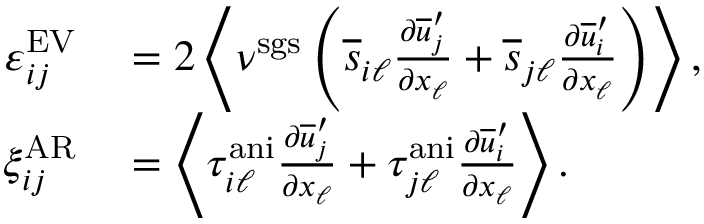
\begin{array} { r l } { \varepsilon _ { i j } ^ { \mathrm { E V } } } & { { } = 2 \left< \nu ^ { \mathrm { s g s } } \left( \overline { { s } } _ { i \ell } \frac { \partial \overline { { u } } _ { j } ^ { \prime } } { \partial x _ { \ell } } + \overline { { s } } _ { j \ell } \frac { \partial \overline { { u } } _ { i } ^ { \prime } } { \partial x _ { \ell } } \right) \right> , } \\ { \xi _ { i j } ^ { \mathrm { A R } } } & { { } = \left< \tau _ { i \ell } ^ { \mathrm { a n i } } \frac { \partial \overline { { u } } _ { j } ^ { \prime } } { \partial x _ { \ell } } + \tau _ { j \ell } ^ { \mathrm { a n i } } \frac { \partial \overline { { u } } _ { i } ^ { \prime } } { \partial x _ { \ell } } \right> . } \end{array}